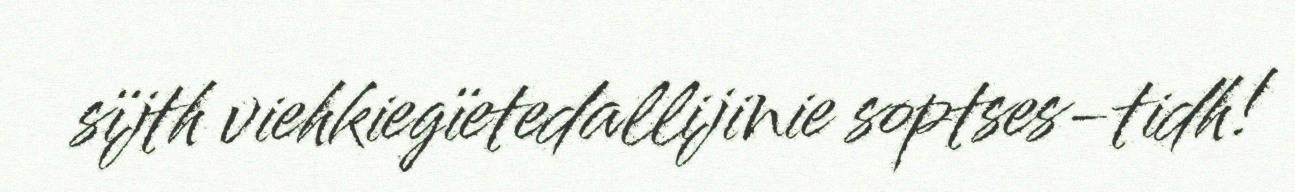
sïjth viehkiegïetedallijinie soptses-tidh!